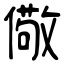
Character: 儆